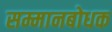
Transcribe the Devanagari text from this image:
सम्मानबोधक